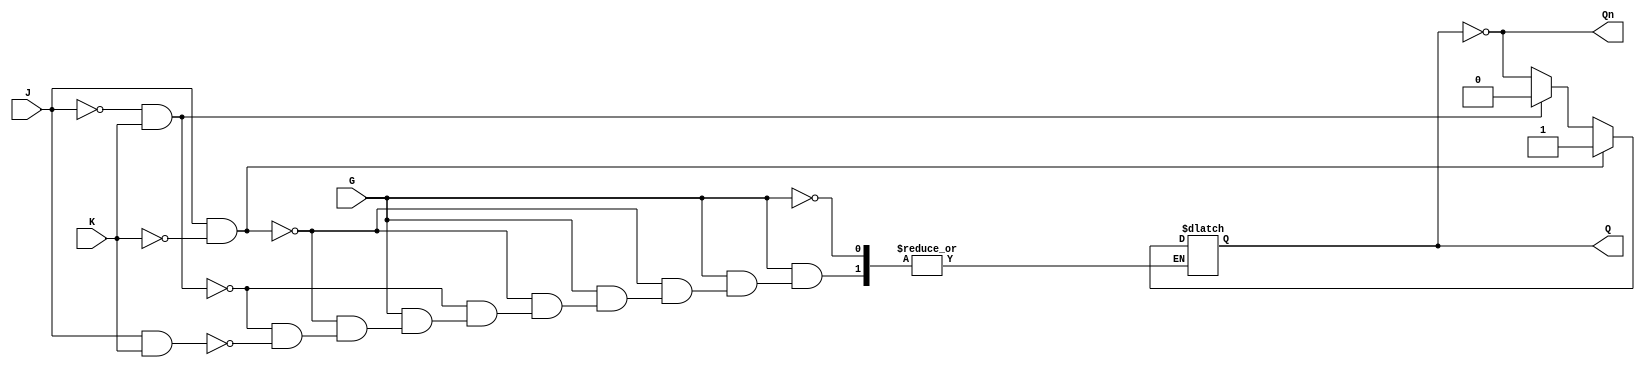
module gated_jk_latch (
    input wire J,        // Data input J
    input wire K,        // Data input K
    input wire G,        // Enable input
    output reg Q,        // Output Q
    output wire Qn       // Complementary output Q'
);

    // Complementary output
    assign Qn = ~Q;

    always @(*) begin
        if (G) begin
            if (J && ~K) begin
                Q = 1;    // Set state
            end else if (~J && K) begin
                Q = 0;    // Reset state
            end else if (J && K) begin
                Q = ~Q;   // Toggle state
            end else begin
                Q = Q;    // No change state
            end
        end
    end

endmodule